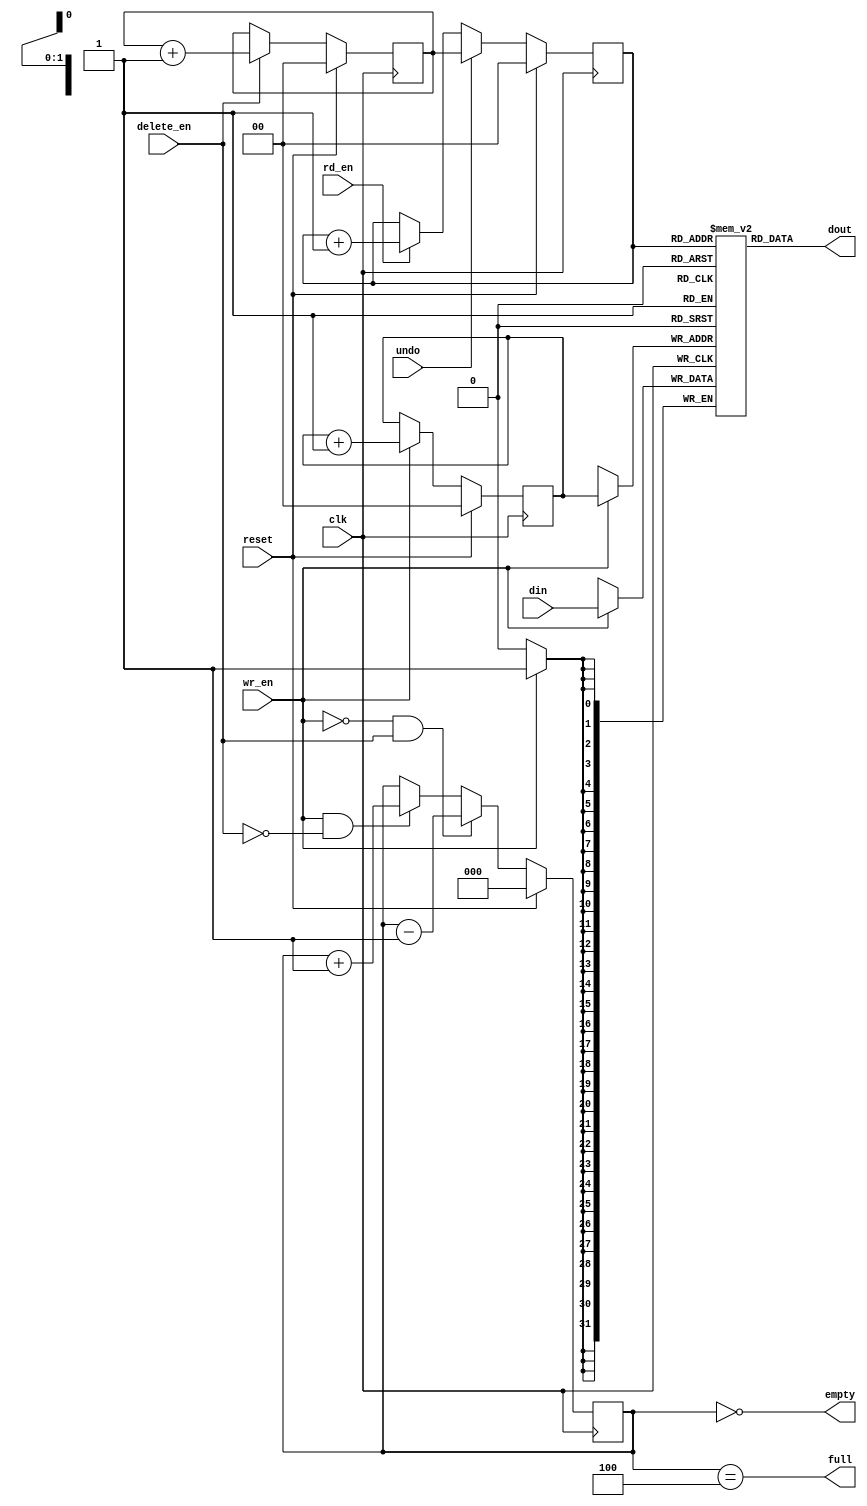
module dma_read_fifo_4x32(
            // PCI Signals
            input [31:0]   din,     // Data in
            input          wr_en,   // Write enable

            input          rd_en,   // Read the next word 
            output [31:0]  dout,    // Data out

            input          delete_en, // Permanently remove an item from the buffer
            input          undo,    // Undo all non-deleted reads

            output         full,
            output         empty,

            input          reset,
            input          clk
         );


parameter MAX_DEPTH_BITS   = 2;
parameter MAX_DEPTH        = 2 ** MAX_DEPTH_BITS;

reg [31:0] queue [MAX_DEPTH - 1 : 0];
reg [MAX_DEPTH_BITS - 1 : 0] rd_ptr;
reg [MAX_DEPTH_BITS - 1 : 0] rd_ptr_backup;
reg [MAX_DEPTH_BITS - 1 : 0] wr_ptr;
reg [MAX_DEPTH_BITS - 1 + 1 : 0] depth;

// Sample the data
always @(posedge clk)
begin
   if (wr_en) 
      queue[wr_ptr] <= din;
end

always @(posedge clk)
begin
   if (reset) begin
      rd_ptr <= 'h0;
      rd_ptr_backup <= 'h0;
      wr_ptr <= 'h0;
      depth <= 'h0;
   end
   else begin
      if (wr_en) wr_ptr <= wr_ptr + 'h1;
      if (undo) 
         rd_ptr <= rd_ptr_backup;
      else if (rd_en) 
         rd_ptr <= rd_ptr + 'h1;
      if (delete_en) rd_ptr_backup <= rd_ptr_backup + 'h1;
      if (wr_en & ~delete_en) depth <= depth + 'h1;
      if (~wr_en & delete_en) depth <= depth - 'h1;
   end
end

assign dout = queue[rd_ptr];
assign full = depth == MAX_DEPTH;
assign empty = depth == 'h0;

// synthesis translate_off
always @(posedge clk)
begin
   if (wr_en && depth == MAX_DEPTH && !delete_en)
      $display($time, " ERROR: Attempt to write to full FIFO: %m");
   if ((rd_en || delete_en) && depth == 'h0)
      $display($time, " ERROR: Attempt to read an empty FIFO: %m");
end
// synthesis translate_on

endmodule